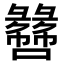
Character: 𫬫